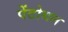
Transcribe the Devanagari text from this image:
पेंटोथल